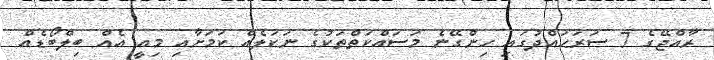
ރާއްޖޭގެ 7 ސަރަޙައްދުގައި ހިންގޭނެ މަސައްކަތްތަކުގެ ނަކަލެއް ކަމަށާއި މިއީ އެއް ބިލްބޯޑެއް